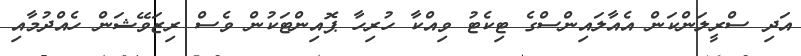
އަދި ސްރީލަންކަން އެއާލައިންސްގެ ޓިކެޓު ވިއްކާ ހުރިހާ ޕޮއިންޓަކުން ވެސް ރިޒަވޭޝަން ހެއްދުމާއި